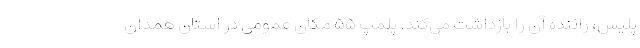
پلیس، راننده آن را بازداشت می‌کند. پلمپ ۵۵ مکان عمومی در استان همدان